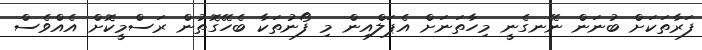
ފަރާތަކަށް ބުނަން ނޭނގެނީ މިހާތަނަށް އެޕަލްއިން މި ފޯނުތަކާ ބެހޭގޮތުން ރަސްމީކޮށް އެއްވެސް